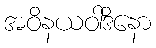
အဝိနယဝါဒိနော